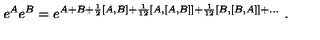
e ^ { A } e ^ { B } = e ^ { A + B + { \frac { 1 } { 2 } } [ A , B ] + { \frac { 1 } { 1 2 } } [ A , [ A , B ] ] + { \frac { 1 } { 1 2 } } [ B , [ B , A ] ] + \ldots } \ .